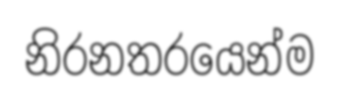
නිරනතරයෙන්ම